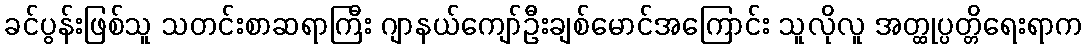
ခင်ပွန်းဖြစ်သူ သတင်းစာဆရာကြီး ဂျာနယ်ကျော်ဦးချစ်မောင်အကြောင်း သူလိုလူ အတ္ထုပ္ပတ္တိရေးရာက